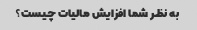
به نظر شما افزایش مالیات چیست؟